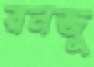
রনজু